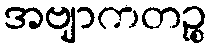
အဗျာကတဉ္စ